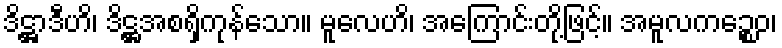
ဒိဋ္ဌာဒီဟိ၊ ဒိဋ္ဌအစရှိကုန်သော။ မူလေဟိ၊ အကြောင်းတို့ဖြင့်။ အမူလကဉ္စေဝ၊